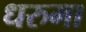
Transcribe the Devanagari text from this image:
धरुमा